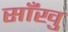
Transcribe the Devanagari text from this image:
साँखु